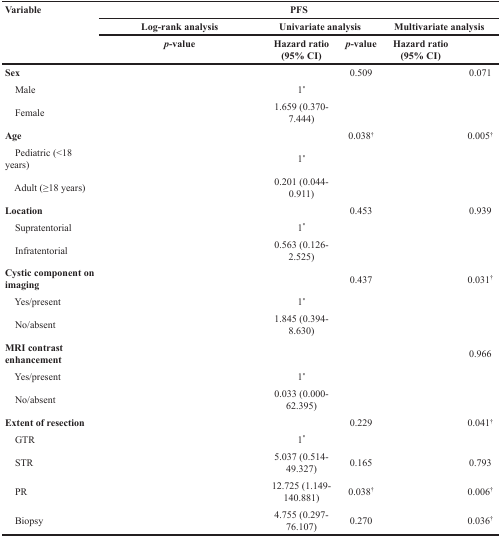
<table><thead><tr><td><b>Variable</b></td><td colspan="5"><b>PFS</b></td></tr><tr><td>[EMPTY_CELL]</td><td><b>Log-rank analysis</b></td><td colspan="2"><b>Univariate analysis</b></td><td colspan="2"><b>Multivariate analysis</b></td></tr><tr><td>[EMPTY_CELL]</td><td><b><i>p</i>-value</b></td><td><b>Hazard ratio (95% CI)</b></td><td><b><i>p</i>-value</b></td><td><b>Hazard ratio (95% CI)</b></td><td>[EMPTY_CELL]</td></tr></thead><tbody><tr><td><b>Sex</b></td><td>[EMPTY_CELL]</td><td>[EMPTY_CELL]</td><td>0.509</td><td>[EMPTY_CELL]</td><td>0.071</td></tr><tr><td> Male</td><td>[EMPTY_CELL]</td><td>1<sup>*</sup></td><td>[EMPTY_CELL]</td><td>[EMPTY_CELL]</td><td>[EMPTY_CELL]</td></tr><tr><td> Female</td><td>[EMPTY_CELL]</td><td>1.659 (0.370-7.444)</td><td>[EMPTY_CELL]</td><td>[EMPTY_CELL]</td><td>[EMPTY_CELL]</td></tr><tr><td><b>Age</b></td><td>[EMPTY_CELL]</td><td>[EMPTY_CELL]</td><td>0.038<sup>†</sup></td><td>[EMPTY_CELL]</td><td>0.005<sup>†</sup></td></tr><tr><td> Pediatric (&lt;18 years)</td><td>[EMPTY_CELL]</td><td>1<sup>*</sup></td><td>[EMPTY_CELL]</td><td>[EMPTY_CELL]</td><td>[EMPTY_CELL]</td></tr><tr><td> Adult (≥18 years)</td><td>[EMPTY_CELL]</td><td>0.201 (0.044-0.911)</td><td>[EMPTY_CELL]</td><td>[EMPTY_CELL]</td><td>[EMPTY_CELL]</td></tr><tr><td><b>Location</b></td><td>[EMPTY_CELL]</td><td>[EMPTY_CELL]</td><td>0.453</td><td>[EMPTY_CELL]</td><td>0.939</td></tr><tr><td> Supratentorial</td><td>[EMPTY_CELL]</td><td>1<sup>*</sup></td><td>[EMPTY_CELL]</td><td>[EMPTY_CELL]</td><td>[EMPTY_CELL]</td></tr><tr><td> Infratentorial</td><td>[EMPTY_CELL]</td><td>0.563 (0.126-2.525)</td><td>[EMPTY_CELL]</td><td>[EMPTY_CELL]</td><td>[EMPTY_CELL]</td></tr><tr><td><b>Cystic component on imaging</b></td><td>[EMPTY_CELL]</td><td>[EMPTY_CELL]</td><td>0.437</td><td>[EMPTY_CELL]</td><td>0.031<sup>†</sup></td></tr><tr><td> Yes/present</td><td>[EMPTY_CELL]</td><td>1<sup>*</sup></td><td>[EMPTY_CELL]</td><td>[EMPTY_CELL]</td><td>[EMPTY_CELL]</td></tr><tr><td> No/absent</td><td>[EMPTY_CELL]</td><td>1.845 (0.394-8.630)</td><td>[EMPTY_CELL]</td><td>[EMPTY_CELL]</td><td>[EMPTY_CELL]</td></tr><tr><td><b>MRI contrast enhancement</b></td><td>[EMPTY_CELL]</td><td>[EMPTY_CELL]</td><td>[EMPTY_CELL]</td><td>[EMPTY_CELL]</td><td>0.966</td></tr><tr><td> Yes/present</td><td>[EMPTY_CELL]</td><td>1<sup>*</sup></td><td>[EMPTY_CELL]</td><td>[EMPTY_CELL]</td><td>[EMPTY_CELL]</td></tr><tr><td> No/absent</td><td>[EMPTY_CELL]</td><td>0.033 (0.000-62.395)</td><td>[EMPTY_CELL]</td><td>[EMPTY_CELL]</td><td>[EMPTY_CELL]</td></tr><tr><td><b>Extent of resection</b></td><td>[EMPTY_CELL]</td><td>[EMPTY_CELL]</td><td>0.229</td><td>[EMPTY_CELL]</td><td>0.041<sup>†</sup></td></tr><tr><td> GTR</td><td>[EMPTY_CELL]</td><td>1<sup>*</sup></td><td>[EMPTY_CELL]</td><td>[EMPTY_CELL]</td><td>[EMPTY_CELL]</td></tr><tr><td> STR</td><td>[EMPTY_CELL]</td><td>5.037 (0.514-49.327)</td><td>0.165</td><td>[EMPTY_CELL]</td><td>0.793</td></tr><tr><td> PR</td><td>[EMPTY_CELL]</td><td>12.725 (1.149-140.881)</td><td>0.038<sup>†</sup></td><td>[EMPTY_CELL]</td><td>0.006<sup>†</sup></td></tr><tr><td> Biopsy</td><td>[EMPTY_CELL]</td><td>4.755 (0.297-76.107)</td><td>0.270</td><td>[EMPTY_CELL]</td><td>0.036<sup>†</sup></td></tr></tbody></table>